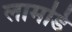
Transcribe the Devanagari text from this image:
लामडि